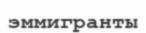
эммигранты